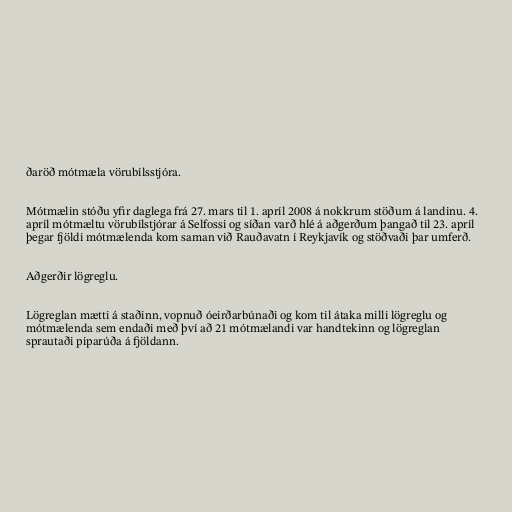
ðaröð mótmæla vörubílsstjóra.

Mótmælin stóðu yfir daglega frá 27. mars til 1. apríl 2008 á nokkrum stöðum á landinu. 4.
apríl mótmæltu vörubílstjórar á Selfossi og síðan varð hlé á aðgerðum þangað til 23. apríl
þegar fjöldi mótmælenda kom saman við Rauðavatn í Reykjavík og stöðvaði þar umferð.

Aðgerðir lögreglu.

Lögreglan mætti á staðinn, vopnuð óeirðarbúnaði og kom til átaka milli lögreglu og
mótmælenda sem endaði með því að 21 mótmælandi var handtekinn og lögreglan
sprautaði piparúða á fjöldann.